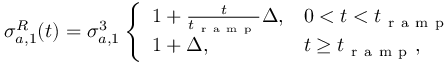
\sigma _ { a , 1 } ^ { R } ( t ) = \sigma _ { a , 1 } ^ { 3 } \left\{ \begin{array} { l l } { 1 + \frac { t } { t _ { \mathrm { ~ r ~ a ~ m ~ p ~ } } } \Delta , } & { 0 < t < t _ { \mathrm { ~ r ~ a ~ m ~ p ~ } } } \\ { 1 + \Delta , } & { t \ge t _ { \mathrm { ~ r ~ a ~ m ~ p ~ } } , } \end{array} \right.